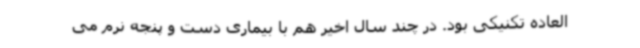
العاده تکنیکی بود. در چند سال اخیر هم با بیماری دست و پنجه نرم می